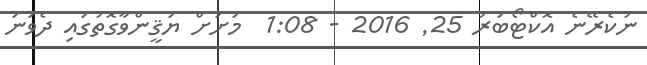
ނުކެރޭނެ އޮކްޓޯބަރު 25